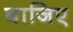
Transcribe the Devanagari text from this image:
बाजिए